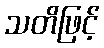
သတိဖြင့်